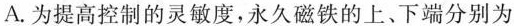
A.为提高控制的灵敏度，永久磁铁的上、下端分别为